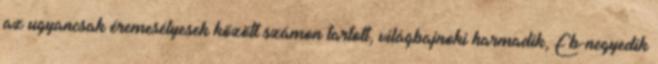
az ugyancsak éremesélyesek között számon tartott, világbajnoki harmadik, Eb-negyedik